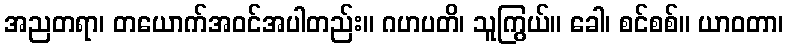
အညတရာ၊ တယောက်အဝင်အပါတည်း။ ဂဟပတိ၊ သူကြွယ်။ ခေါ၊ စင်စစ်။ ယာဝတာ၊